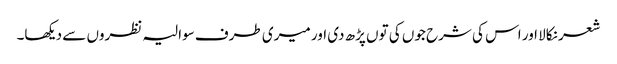
شعر نکالا اور اس کی شرح جوں کی توں پڑھ دی اور میری طرف سوالیہ نظروں سے دیکھا۔